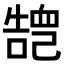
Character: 𢁏